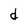
Character: d